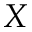
X